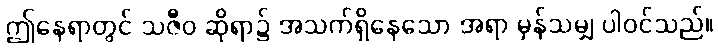
ဤနေရာတွင် သဇီဝ ဆိုရာ၌ အသက်ရှိနေသော အရာ မှန်သမျှ ပါဝင်သည်။